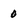
Character: 0